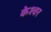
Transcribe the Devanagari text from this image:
केश्वर